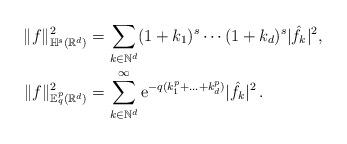
LaTeX: \begin{align*} \|f\|^2_{\mathbb{H}^s(\mathbb{R}^d)}&=\sum_{k\in\mathbb{N}^d} (1+k_1)^s\cdots(1+k_d)^s |\hat{f}_{k}|^2,\\ \|f\|^2_{\mathbb{E}^{p}_q(\mathbb{R}^d)}& = \sum_{k\in\mathbb{N}^d}^\infty \mathrm{e}^{-q(k_1^p+\ldots+k_d^p)} |\hat{f}_{k}|^2 \, .\end{align*}